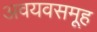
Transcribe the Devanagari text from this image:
अवयवसमूह